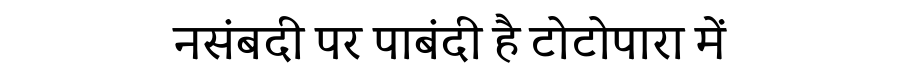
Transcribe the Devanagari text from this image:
नसंबदी पर पाबंदी है टोटोपारा में